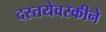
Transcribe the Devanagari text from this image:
दस्तयेवस्कीने